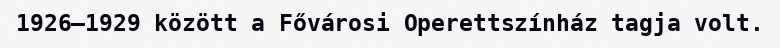
1926–1929 között a Fővárosi Operettszínház tagja volt.